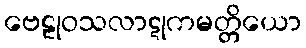
ဗေဠုဝသလာဋုကမတ္တိယော